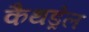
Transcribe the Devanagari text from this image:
कैथड्रेल